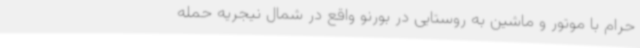
حرام با موتور و ماشین به روستایی در بورنو واقع در شمال نیجریه حمله